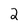
Character: 2